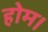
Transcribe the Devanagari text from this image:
होम।